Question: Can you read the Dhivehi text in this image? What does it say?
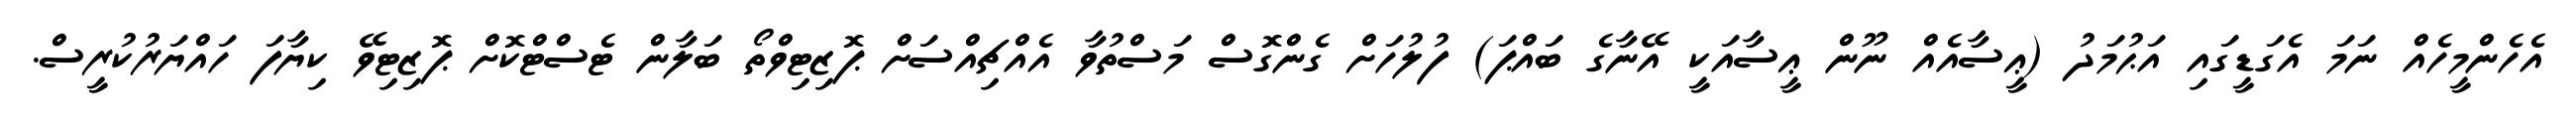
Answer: އެހެންމީހެއް ނަމަ އެގަޑީގައި އަޙުމަދު (ޢީސާއެއް ނޫން ޢީސާއަކީ އޭނާގެ ބައްޕަ) ފުލުހަށް ގެންގޮސް މަސްތުވާ އެއްޗިއްސަށް ޕޮޒިޓިވްތޯ ބަލާން ޓެސްޓްކޮށް ޕޮޒިޓިވޭ ކިޔާފަ ހައްޔަރުކުރީސް.